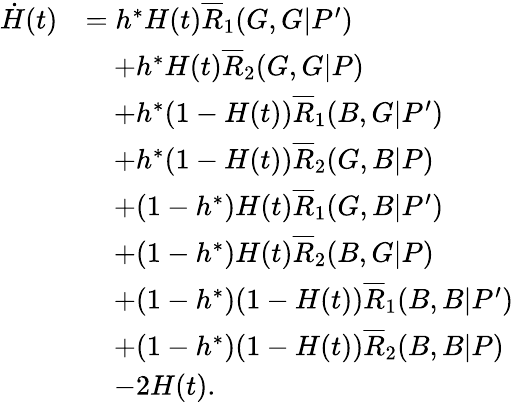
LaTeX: \begin{array}{rl}{\dot{H}(t)}&{=h^{\ast}H(t)\overline{{R}}_{1}(G,G|P^{\prime})}\\ &{\quad+h^{\ast}H(t)\overline{{R}}_{2}(G,G|P)}\\ &{\quad+h^{\ast}(1-H(t))\overline{{R}}_{1}(B,G|P^{\prime})}\\ &{\quad+h^{\ast}(1-H(t))\overline{{R}}_{2}(G,B|P)}\\ &{\quad+(1-h^{\ast})H(t)\overline{{R}}_{1}(G,B|P^{\prime})}\\ &{\quad+(1-h^{\ast})H(t)\overline{{R}}_{2}(B,G|P)}\\ &{\quad+(1-h^{\ast})(1-H(t))\overline{{R}}_{1}(B,B|P^{\prime})}\\ &{\quad+(1-h^{\ast})(1-H(t))\overline{{R}}_{2}(B,B|P)}\\ &{\quad-2H(t).}\end{array}